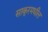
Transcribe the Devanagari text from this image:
साकूरमधील